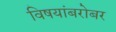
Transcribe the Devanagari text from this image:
विषयांबरोबर